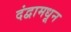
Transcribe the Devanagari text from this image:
दंद्वामधून